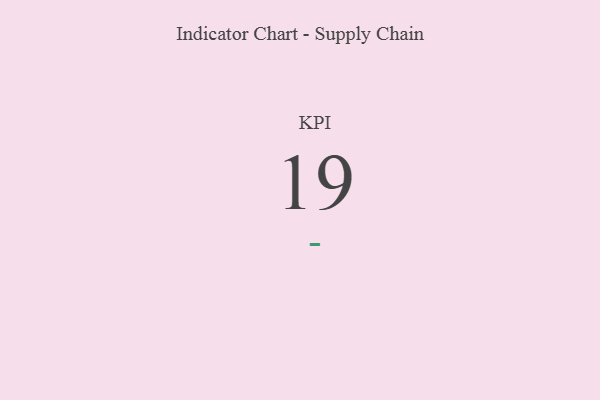
{"axis": {"x": "KPI", "y": "Value"}, "legend": [""], "data": [{"x": "KPI", "y": 19, "type": ""}]}